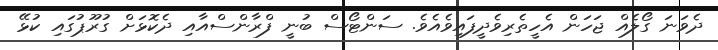
ދެވަނަ ގޯލެއް ޖަހަން އެހީތެރިވެދީފައިވެއެވެ. ސަންޓޯސް ބުނީ ފްރާންސްއާއި ދެކޮޅަށް ގުރޫޕުގައި ކުޅޭ